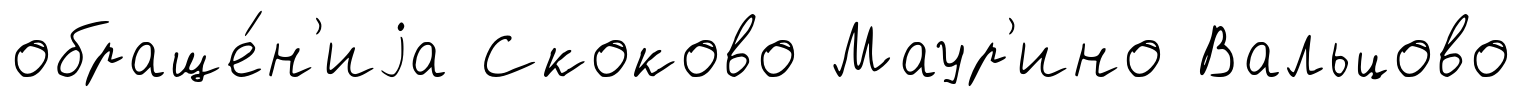
обраще́н'иjа Скоково Маур'ино Вальцово